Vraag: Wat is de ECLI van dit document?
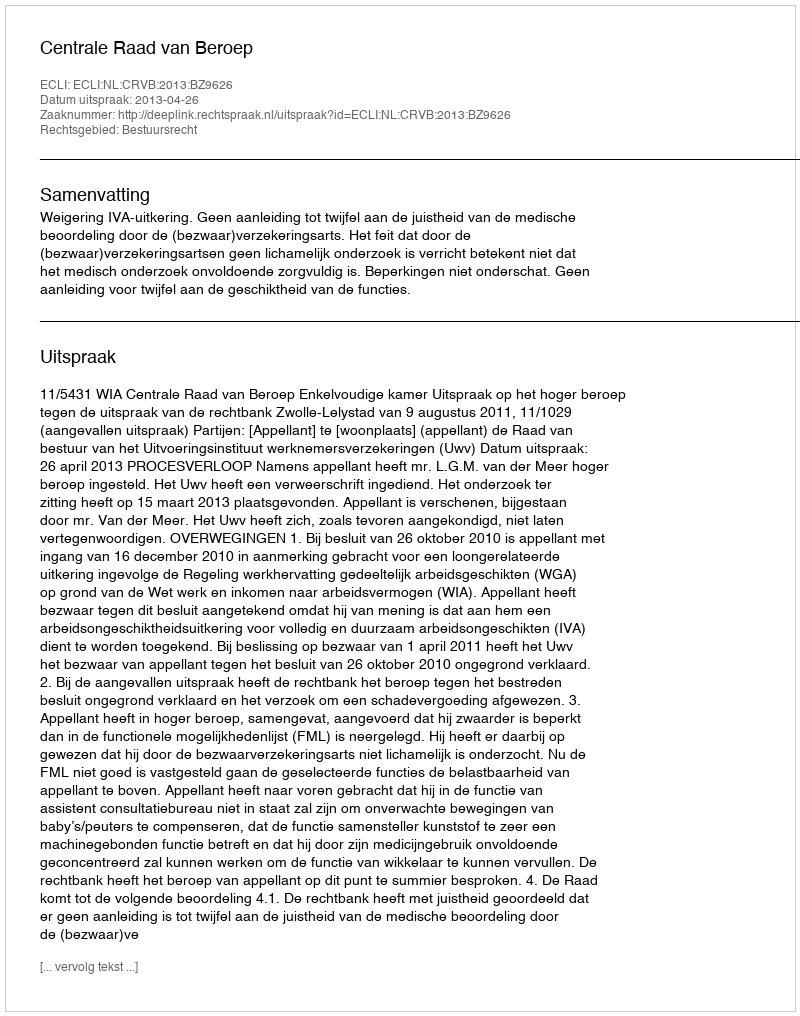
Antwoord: ECLI:NL:CRVB:2013:BZ9626